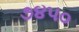
૭૪૫૦